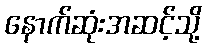
နောက်ဆုံးအဆင့်သို့